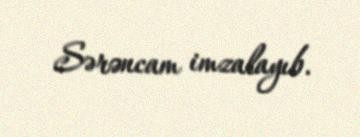
Sərəncam imzalayıb.